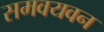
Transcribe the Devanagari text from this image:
समवयवन